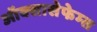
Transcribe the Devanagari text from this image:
ऑक्सासेफेम्स